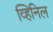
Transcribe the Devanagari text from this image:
व्हिनिल